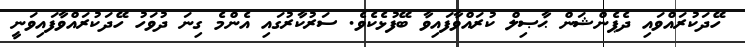
ހޭދަކުރައްވައި ދެޕެންޝަން ޙާޞިލް ކުރައްވާފައިވާ ބޭފުޅެކެވެ. ސަރުކާރުގައި އެންމެ ގިނަ ދުވަހު ހޭދަކުރައްވާފައިވަނީ